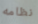
نظامه